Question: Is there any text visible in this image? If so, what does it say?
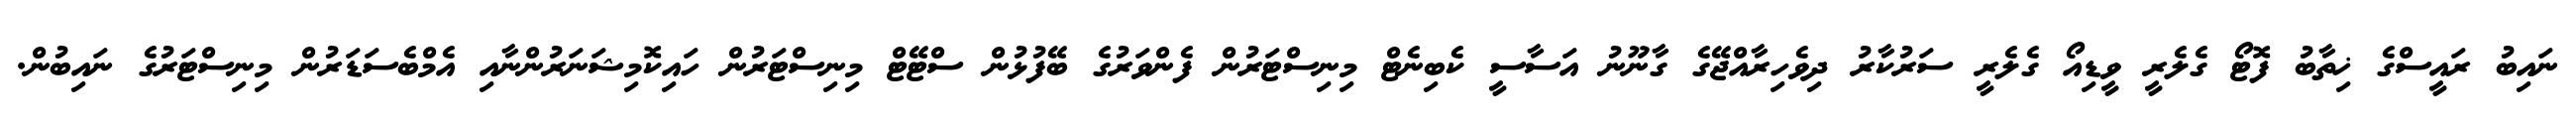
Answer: ނައިބު ރައީސްގެ ޚިތާބު ފޮޓޯ ގެލެރީ ވީޑިއޯ ގެލެރީ ސަރުކާރު ދިވެހިރާއްޖޭގެ ގާނޫނު އަސާސީ ކެބިނެޓް މިނިސްޓަރުން ފެންވަރުގެ ބޭފުޅުން ސްޓޭޓް މިނިސްޓަރުން ހައިކޮމިޝަނަރުންނާއި އެމްބެސަޑަރުން މިނިސްޓަރުގެ ނައިބުން.